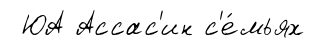
ЮА Ассас'ин с'е́мьях